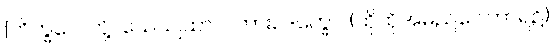
[ဘိက္ခဝေ၊ တို့။ သေယျထာပိ၊ ကား။ ဒက္ခော၊ (ထိုထိုအမည်ဝေါဟာရ၌)